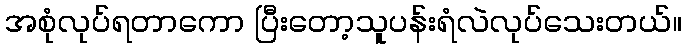
အစုံလုပ်ရတာကော ပြီးတော့သူပန်းရံလဲလုပ်သေးတယ်။